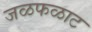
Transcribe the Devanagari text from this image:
जळफळाट